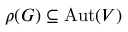
\rho ( G ) \subseteq { \mathrm { A u t } } ( V )